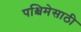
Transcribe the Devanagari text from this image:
पश्चिमेसाठी